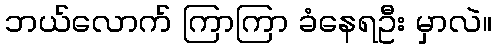
ဘယ်လောက် ကြာကြာ ခံနေရဦး မှာလဲ။